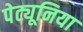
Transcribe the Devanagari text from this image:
पेट्यूनिया